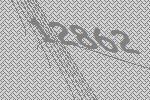
12862